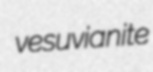
vesuvianite